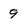
Character: 9